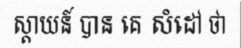
ស្តាយន៍ បាន គេ សំដៅ ថា